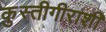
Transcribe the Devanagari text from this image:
कुस्तीगीराशी